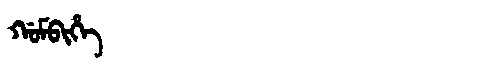
Manchu: ᡤᠣᠮᠪᡳᡥᡝ
Romanization: GOMBIHE